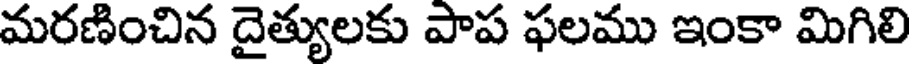
మరణించిన దైత్యులకు పాప ఫలము ఇంకా మిగిలి